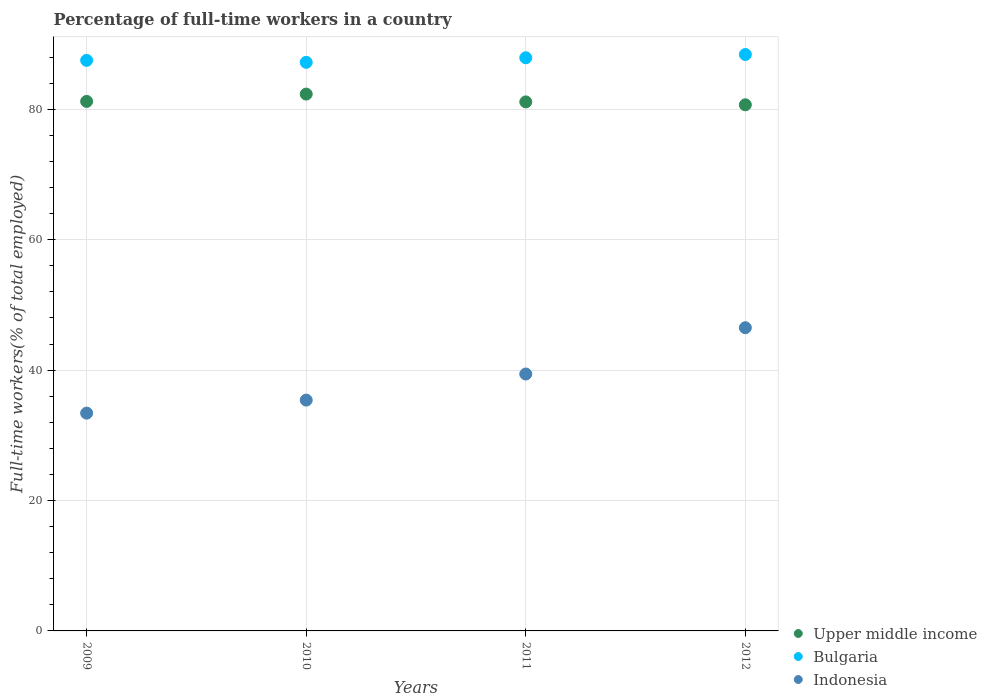
| Years | Upper middle income | Bulgaria | Indonesia |
 | --- | --- | --- | --- |
 | 2009 | 81.2 | 87.5 | 33.4 |
 | 2010 | 82.3 | 87.2 | 35.4 |
 | 2011 | 81.1 | 87.9 | 39.4 |
 | 2012 | 80.7 | 88.4 | 46.5 |